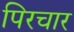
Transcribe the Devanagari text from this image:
पिरचार